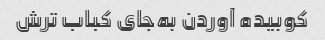
کوبیده آوردن به‌جای کباب ترش